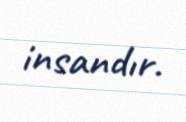
insandır.